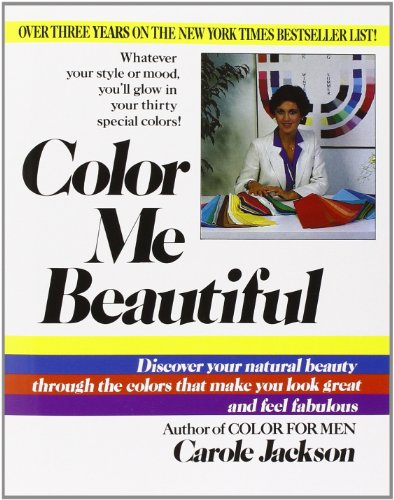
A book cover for Color Me Beautiful; Carole Jackson; Health, Fitness & Dieting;